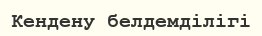
Кендену белдемділігі